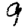
Digit: 9